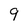
Character: 9